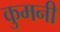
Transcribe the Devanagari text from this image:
कुमनी